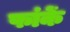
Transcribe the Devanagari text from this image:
फांकें